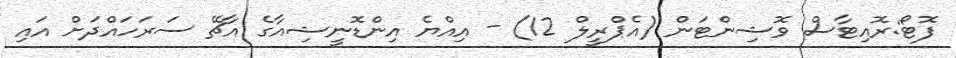
ފޮޓޯ:ރޮއިޓާސް ވޮޝިންޓަން (އެޕްރީލް 12) - އިއްޔެ އިންޑޮނީޝިއާގެ އާޗޭ ސަރަހައްދަށް އައި